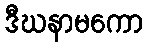
ဒီဃနာမကော